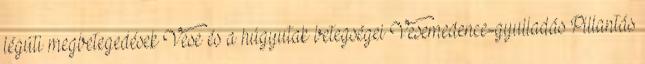
légúti megbetegedések Vese és a húgyutak betegségei Vesemedence-gyulladás Pillantás